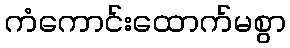
ကံကောင်းထောက်မစွာ